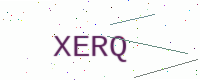
Text: XERQ